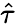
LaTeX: \hat{\tau}